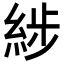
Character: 𦁗